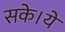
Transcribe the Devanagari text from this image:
सके।ये